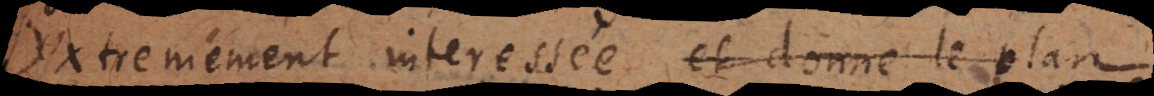
extremement interesséeet donne le plan